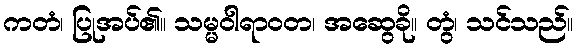
ကတံ၊ ပြုအပ်၏။ သမ္မဝါရာဝတ၊ အဆွေခို။ တွံ၊ သင်သည်။